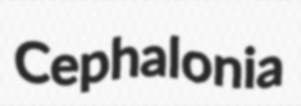
Cephalonia